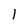
Character: 1